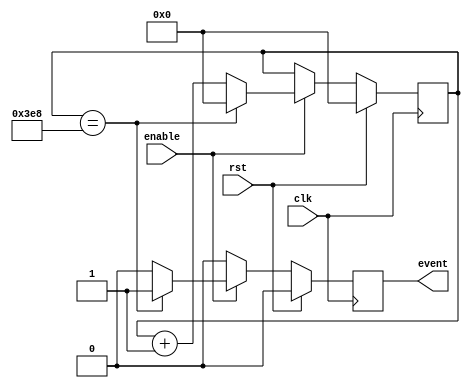
module EventTimer (
    input clk,
    input enable,
    input rst,
    output reg event
);

reg [15:0] counter;

always @(posedge clk) begin
    if (rst) begin
        counter <= 0;
        event <= 0;
    end
    else begin
        if (enable) begin
            counter <= counter + 1;
            if (counter == 1000) begin // Generate event every 1000 clock cycles
                event <= 1;
                counter <= 0;
            end
            else begin
                event <= 0;
            end
        end
        else begin
            event <= 0;
        end
    end
end

endmodule